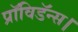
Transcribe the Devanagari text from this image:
प्रॉविडॅन्स।